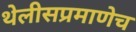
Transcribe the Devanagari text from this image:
थेलीसप्रमाणेच